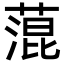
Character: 𦹲